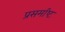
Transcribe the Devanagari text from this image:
प्रसमष्‍टि